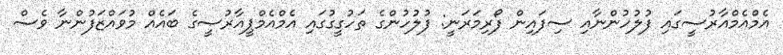
އެމްއެމްއާރުސީގައި ފުލުހުންނާއި ސިފައިން ފޯރިމަރަނީ: ފުލުހުންގެ ތަހުގީގުގައި އެމްއެމްޕީއާރުސީގެ ބައެއް މުވައްޒަފުންނާ ވެސް